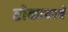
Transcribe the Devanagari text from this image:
टोकावरचे